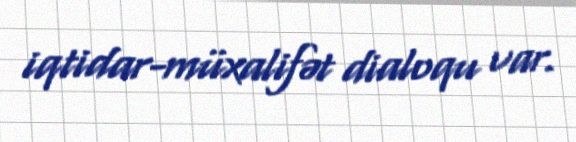
iqtidar-müxalifət dialoqu var.